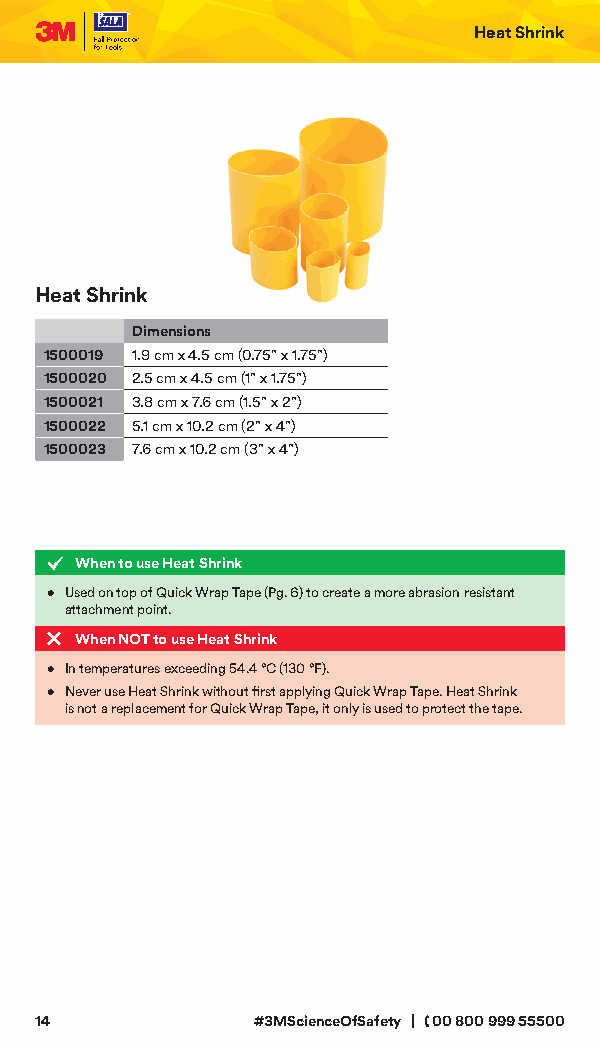
Heat Shrink
 Heat Shrink
 Dimensions
 1500019 1.9 cm x 4.5 cm (0.75" x 1.75")
 1500020 2.5 cm x 4.5 cm (1" x 1.75")
 1500021 3.8 cm x 7.6 cm (1.5" x 2")
 1500022 5.1 cm x 10.2 cm (2" x 4")
 1500023 7.6 cm x 10.2 cm (3" x 4")
 When to use Heat Shrink
 • Used on top of Quick Wrap Tape (Pg. 6) to create a more abrasion resistant
 attachment point.
 When NOT to use Heat Shrink
 • In temperatures exceeding 54.4 °C (130 °F).
 • Never use Heat Shrink without first applying Quick Wrap Tape. Heat Shrink
 is not a replacement for Quick Wrap Tape, it only is used to protect the tape.
 14             #3MScienceOfSafety | 00 800 999 55500